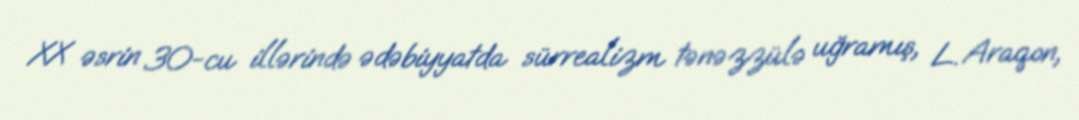
XX əsrin 30-cu illərində ədəbiyyatda sürrealizm tənəzzülə uğramış, L. Araqon,